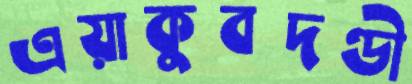
এয়াকুবদণ্ডী